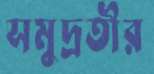
সমুদ্রতীর